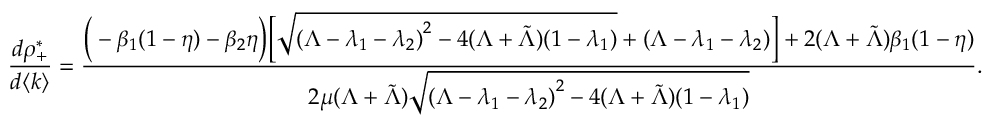
\frac { d \rho _ { + } ^ { * } } { d \langle k \rangle } = \frac { \Big ( - \beta _ { 1 } ( 1 - \eta ) - \beta _ { 2 } \eta \Big ) \Big [ \sqrt { { ( \Lambda - \lambda _ { 1 } - \lambda _ { 2 } ) } ^ { 2 } - 4 ( \Lambda + \tilde { \Lambda } ) ( 1 - \lambda _ { 1 } ) } + ( \Lambda - \lambda _ { 1 } - \lambda _ { 2 } ) \Big ] + 2 ( \Lambda + \Tilde { \Lambda } ) \beta _ { 1 } ( 1 - \eta ) } { 2 \mu ( \Lambda + \Tilde { \Lambda } ) \sqrt { { ( \Lambda - \lambda _ { 1 } - \lambda _ { 2 } ) } ^ { 2 } - 4 ( \Lambda + \tilde { \Lambda } ) ( 1 - \lambda _ { 1 } ) } } .